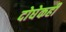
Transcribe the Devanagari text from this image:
दोघेकही